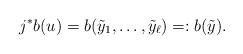
LaTeX: \begin{align*} j^* b(u) = b(\tilde{y}_1, \ldots, \tilde{y}_{\ell}) =: b(\tilde{y}).\end{align*}